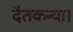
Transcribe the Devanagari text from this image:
दैतकन्या।